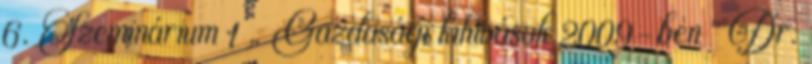
6. Szeminárium 1 „ Gazdasági kihívások 2009-ben ” Dr.